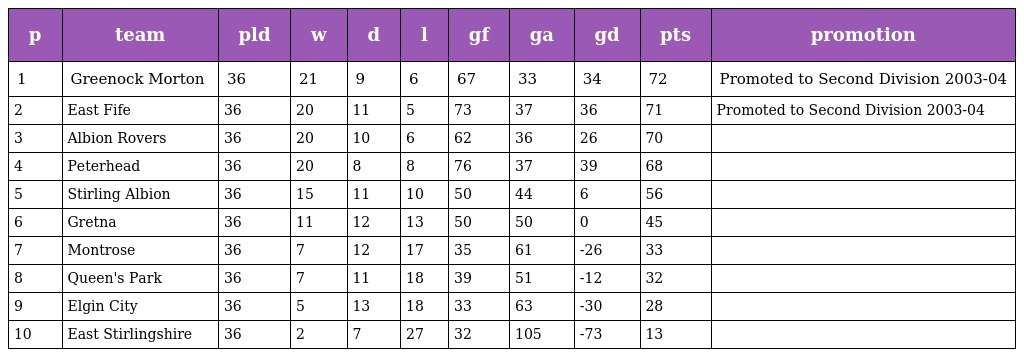
| p | team | pld | w | d | l | gf | ga | gd | pts | promotion |
 | --- | --- | --- | --- | --- | --- | --- | --- | --- | --- | --- |
 | 1 | Greenock Morton | 36 | 21 | 9 | 6 | 67 | 33 | 34 | 72 | Promoted to Second Division 2003-04 |
 | 2 | East Fife | 36 | 20 | 11 | 5 | 73 | 37 | 36 | 71 | Promoted to Second Division 2003-04 |
 | 3 | Albion Rovers | 36 | 20 | 10 | 6 | 62 | 36 | 26 | 70 |  |
 | 4 | Peterhead | 36 | 20 | 8 | 8 | 76 | 37 | 39 | 68 |  |
 | 5 | Stirling Albion | 36 | 15 | 11 | 10 | 50 | 44 | 6 | 56 |  |
 | 6 | Gretna | 36 | 11 | 12 | 13 | 50 | 50 | 0 | 45 |  |
 | 7 | Montrose | 36 | 7 | 12 | 17 | 35 | 61 | -26 | 33 |  |
 | 8 | Queen's Park | 36 | 7 | 11 | 18 | 39 | 51 | -12 | 32 |  |
 | 9 | Elgin City | 36 | 5 | 13 | 18 | 33 | 63 | -30 | 28 |  |
 | 10 | East Stirlingshire | 36 | 2 | 7 | 27 | 32 | 105 | -73 | 13 |  |